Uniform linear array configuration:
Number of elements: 16
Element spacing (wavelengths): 0.25
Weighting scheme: hann
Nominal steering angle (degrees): -45
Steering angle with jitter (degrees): -45.87
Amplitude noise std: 0.05
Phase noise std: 0.05

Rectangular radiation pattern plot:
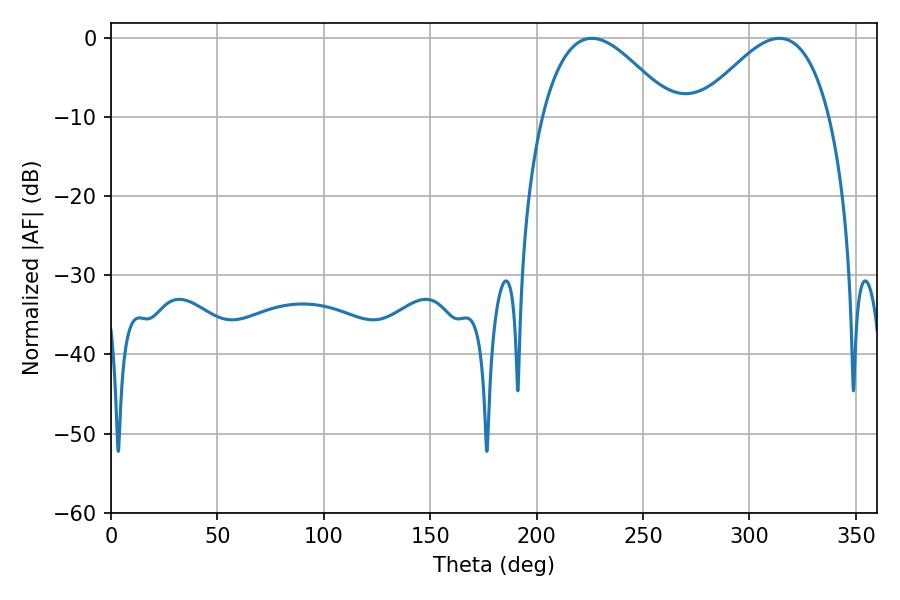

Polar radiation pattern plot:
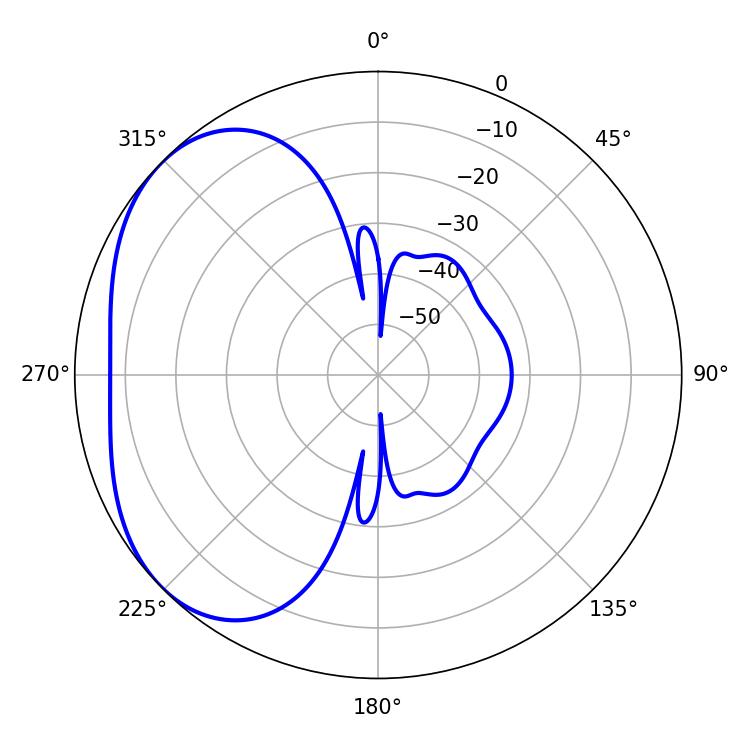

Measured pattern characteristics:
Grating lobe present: FALSE
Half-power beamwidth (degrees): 33.3
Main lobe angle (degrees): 225.9